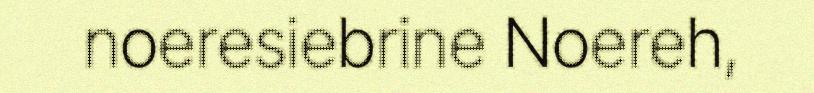
noeresiebrine Noereh,